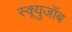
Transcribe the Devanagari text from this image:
स्क्र्युजॉब